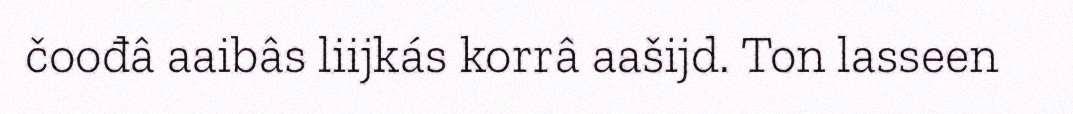
čoođâ aaibâs liijkás korrâ aašijd. Ton lasseen